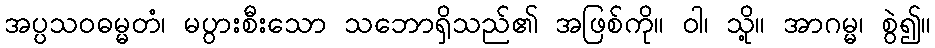
အပ္ပသဝဓမ္မတံ၊ မပွားစီးသော သဘောရှိသည်၏ အဖြစ်ကို။ ဝါ၊ သို့။ အာဂမ္မ၊ စွဲ၍။